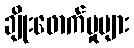
ချိုးဖောက်မှုများ